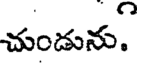
చుండును.